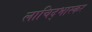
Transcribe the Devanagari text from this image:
लाचिद्भास्कर